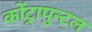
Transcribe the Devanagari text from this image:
कोंट्रापुन्टल